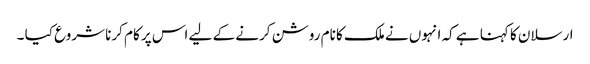
ارسلان کا کہنا ہے کہ انہوں نے ملک کا نام روشن کرنے کے لیے اس پر کام کرنا شروع کیا ۔